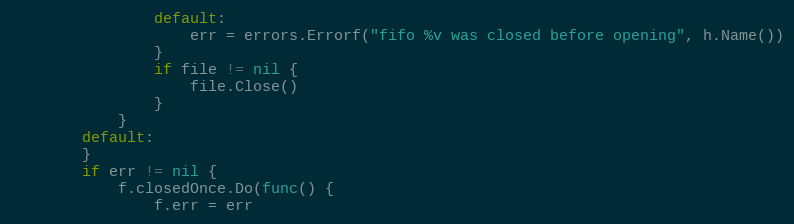
Language: Go
				default:
					err = errors.Errorf("fifo %v was closed before opening", h.Name())
				}
				if file != nil {
					file.Close()
				}
			}
		default:
		}
		if err != nil {
			f.closedOnce.Do(func() {
				f.err = err